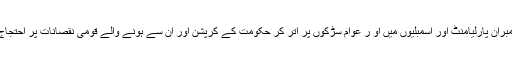
چیخ چیخ کر ممبران پارلیامنٹ اور اسمبلیوں میں او ر عوام سڑکوں پر اتر کر حکومت کے کرپشن اور ان سے ہونے والے قومی نقصانات پر احتجاج کر رہے ہیں ۔